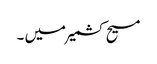
مسیح کشمیر میں ۔